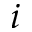
i